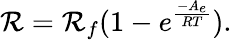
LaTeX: \mathcal{R}=\mathcal{R}_{f}(1-e^{\frac{-A_{e}}{RT}}).